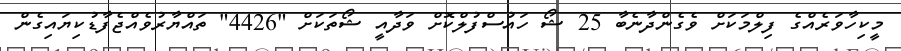
މީކިހާވަރެއްގެ ފިލްމަކަށް ވެގެންދާނެބާ 25 ޝޯ ހައުސްފުލްކޮށް ވަދާއީ ޝޯތަކަށް "4426" ތައްޔާރުވެއްޖެފާޑުކިޔައިގެން